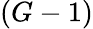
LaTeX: (G-1)